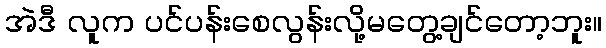
အဲဒီ လူက ပင်ပန်းစေလွန်းလို့မတွေ့ချင်တော့ဘူး။